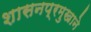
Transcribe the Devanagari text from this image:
शासनप्रमुखाने